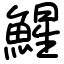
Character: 鯹